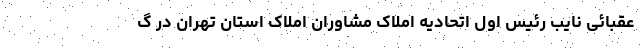
عقبائی نایب رئیس اول اتحادیه املاک مشاوران املاک استان تهران در گ